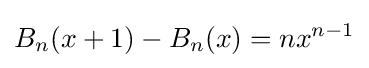
B_{n}(x+1)-B_{n}(x)=nx^{n-1}